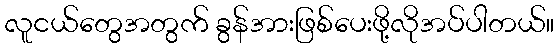
လူငယ်တွေအတွက် ခွန်အားဖြစ်ပေးဖို့လိုအပ်ပါတယ်။